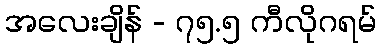
အလေးချိန် - ၇၅.၅ ကီလိုဂရမ်